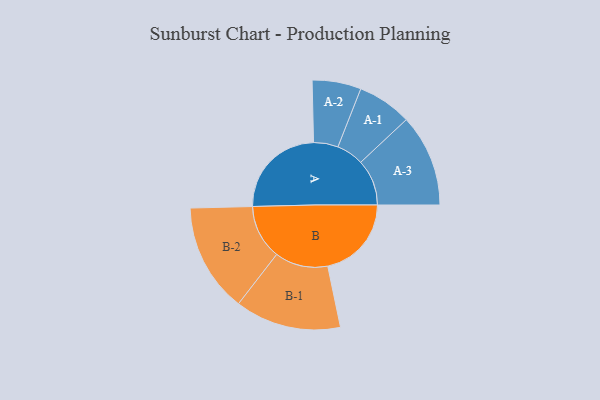
{"axis": {"x": "Segment", "y": "Value"}, "legend": ["", "A", "B"], "data": [{"x": "A", "y": 418, "type": ""}, {"x": "B", "y": 363, "type": ""}, {"x": "A-1", "y": 118, "type": "A"}, {"x": "A-2", "y": 106, "type": "A"}, {"x": "A-3", "y": 200, "type": "A"}, {"x": "B-1", "y": 230, "type": "B"}, {"x": "B-2", "y": 236, "type": "B"}]}